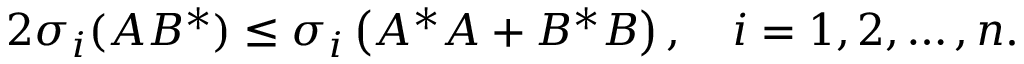
2 \sigma _ { i } ( A B ^ { * } ) \leq \sigma _ { i } \left( A ^ { * } A + B ^ { * } B \right) , \quad i = 1 , 2 , \ldots , n .